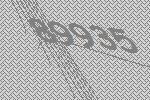
89935